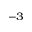
^ { - 3 }